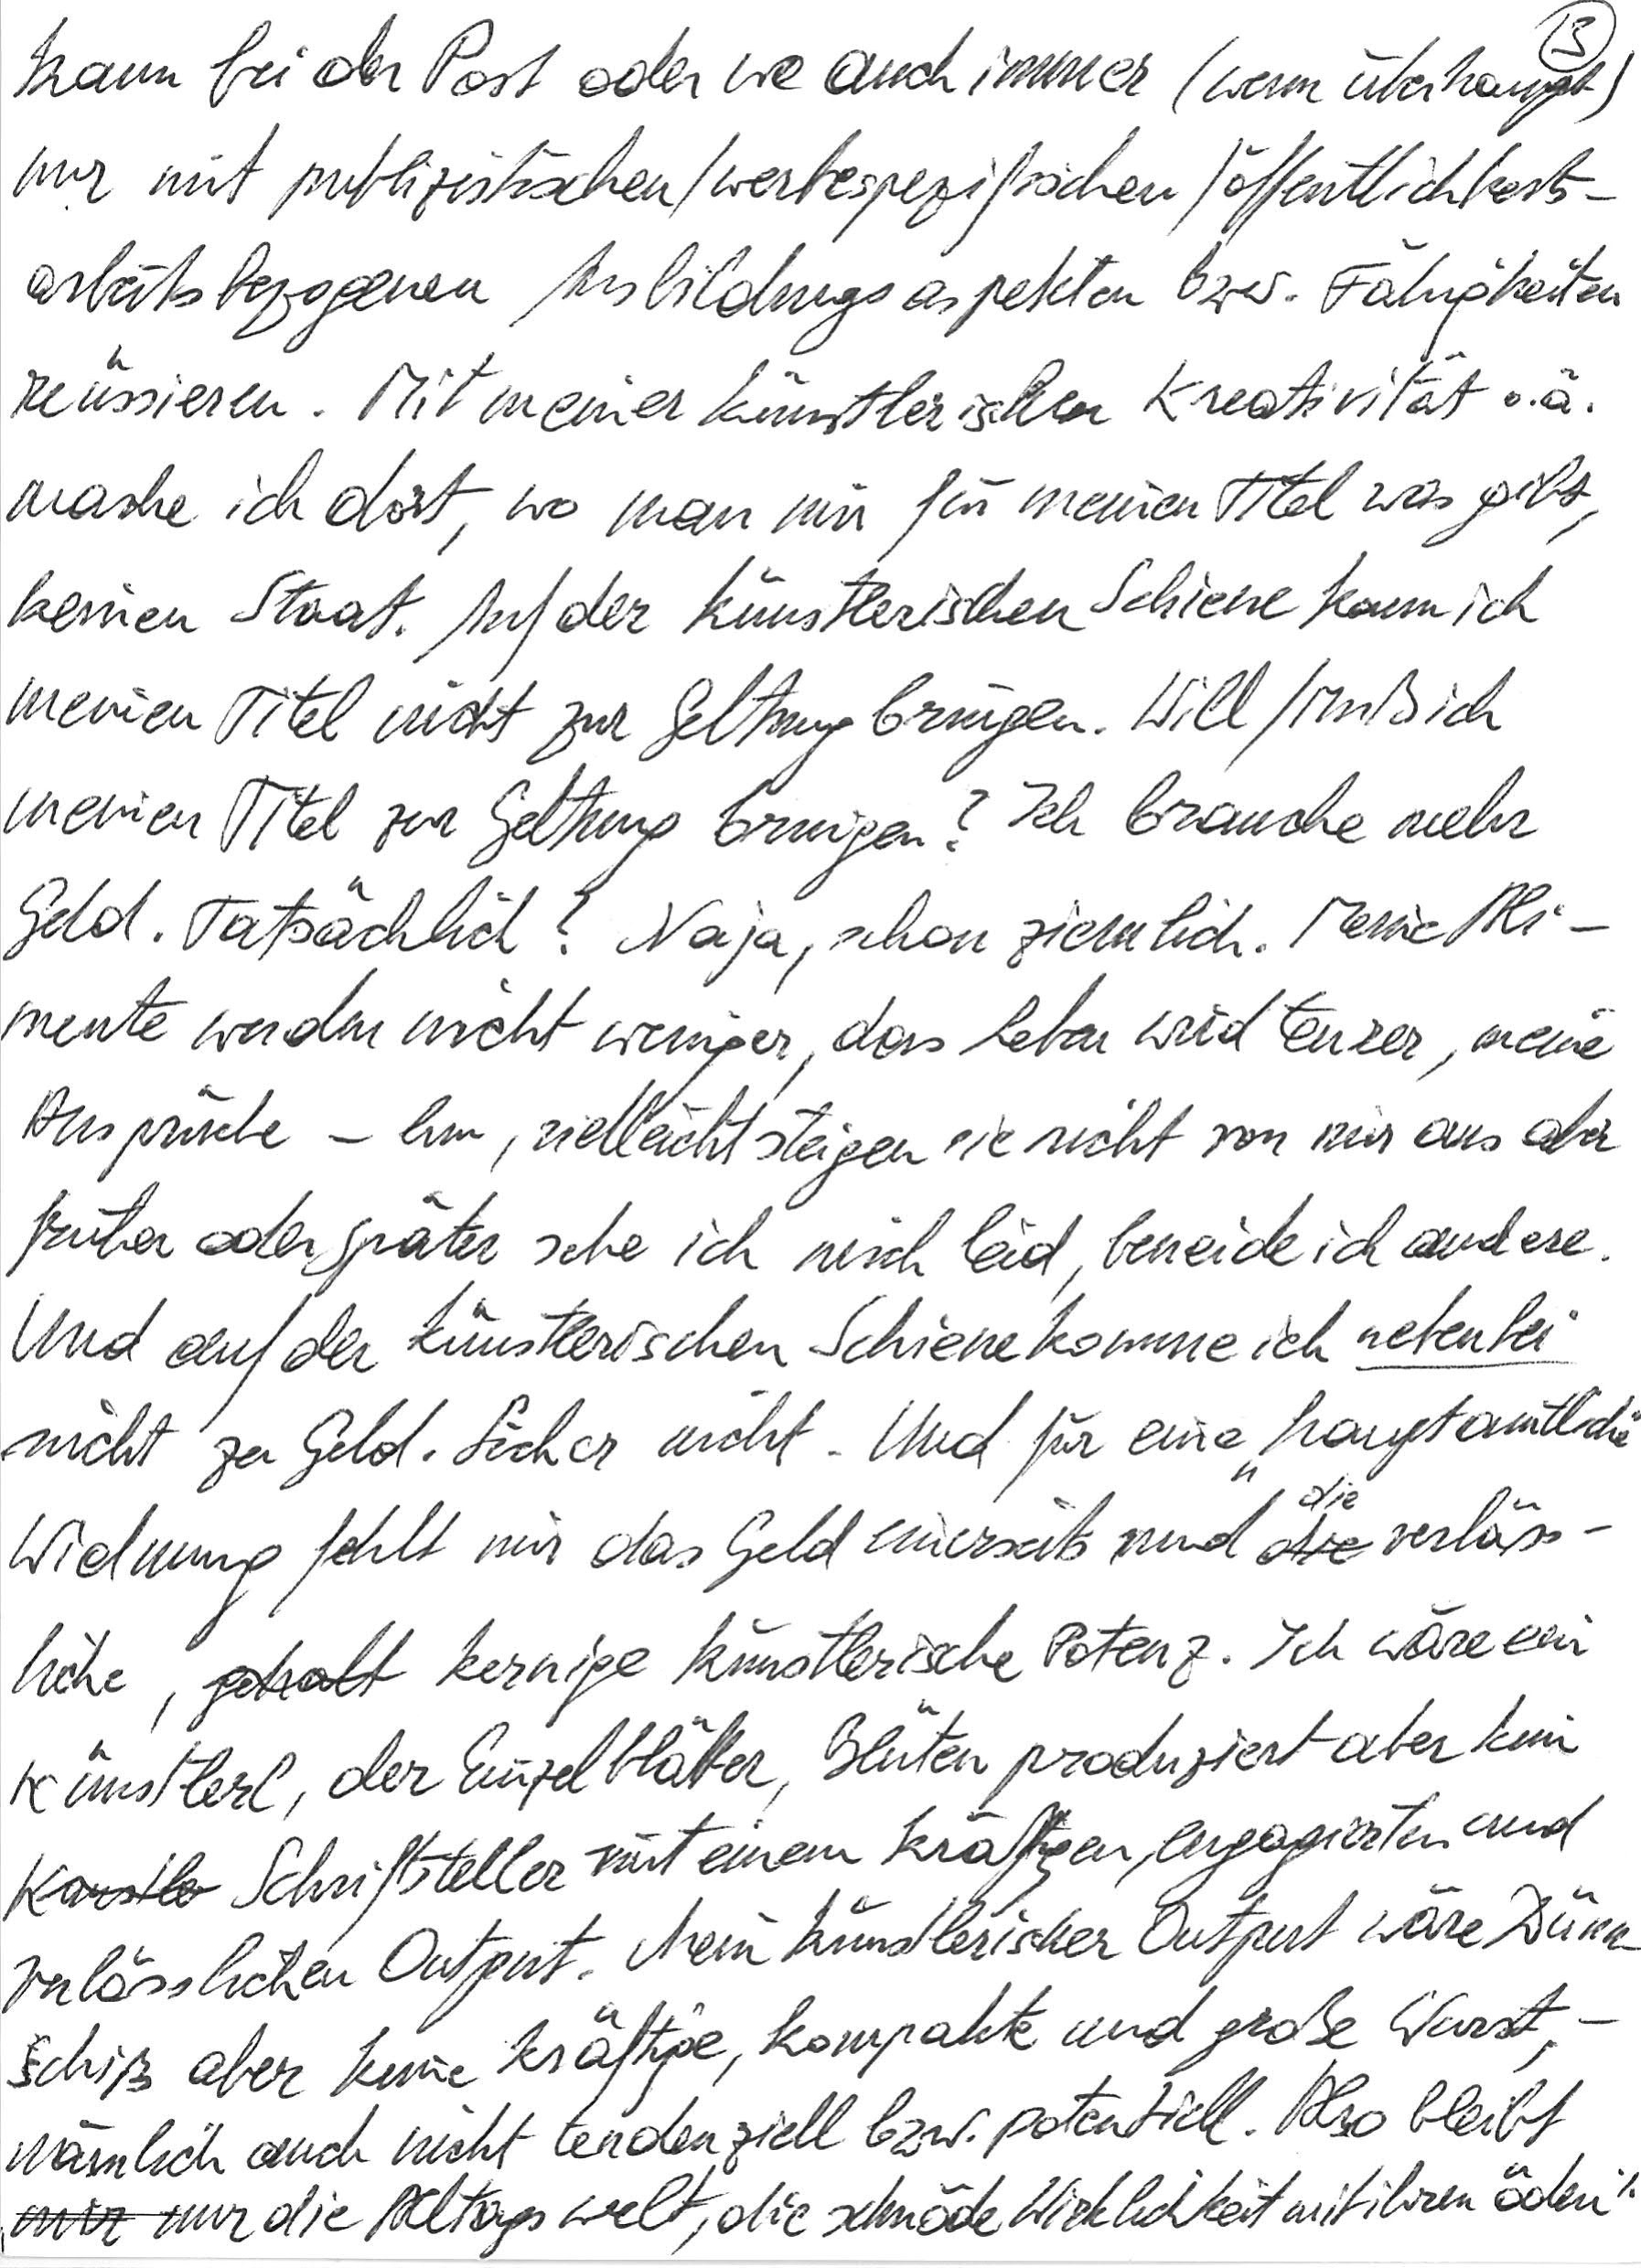
kann bei der Post oder wo auch immer (wenn überhaupt)
nur mit publizistischen/werbespezifischen/öffentlichkeits-
arbeitsbezogenen Ausbildungsaspekten bzw. Fähigkeiten
reüssieren. Mit meiner künstlerischen Kreativität o. ä.
mache ich dort, wo man mir für meinen Titel was gibt,
keinen Staat. Auf der künstlerischen Schiene kann ich
meinen Titel nicht zur Geltung bringen. Will/Muß ich
meinen Titel zu Geltung bringen? Ich brauche mehr
Geld. Tatsächlich? Naja, schon ziemlich. Meine Ali-
mente werden nicht weniger, das Leben wird teurer, meine
Ansprüche – hm, vielleicht steigen sie nicht von mir aus aber
früher oder später sehe ich mich leid, beneide ich andere.
Und auf der künstlerischen Schiene komme ich nebenbei
nicht zu Geld. Sicher nicht. Und für eine „hauptamtliche“
Widmung fehlt mir das Geld einerseits und die verläss-
liche, kernige künstlerische Potenz. Ich wäre ein
Künstlerl, der Einzelblätter, Blüten produziert aber kein
Schriftsteller mit einem kräftigen, engagierten und
verlässlichen Output. Mein künstlerischer Output wäre Dünn-
schiß aber keine kräftige, kompakte und große Wurst, –
nämlich auch nicht tendenziell bzw. potenziell. Also bleibt
mir nur die Alltagswelt, die schnöde Wirklichkeit mit ihren öden